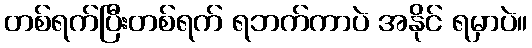
တစ်ရက်ပြီးတစ်ရက် ရဘက်ကာပဲ အနိုင် ရမှာပဲ။